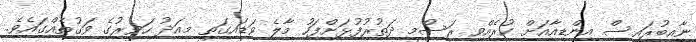
ނާއިބުރައީސް އިންޑިއާއަށް ކުރެއްވި ރަސްމީ ދަތުރުފުޅަށްފަހު މާލެ ވަޑައިގަތީ މިއަދު ހަވީރުގެ ވަގުތެއްގައެވެ.